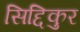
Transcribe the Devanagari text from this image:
सिद्दिकुर